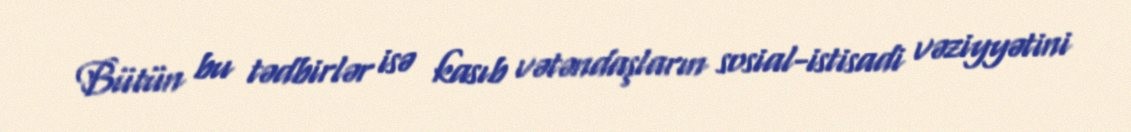
Bütün bu tədbirlər isə kasıb vətəndaşların sosial-istisadi vəziyyətini